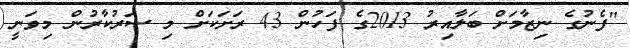
"ފެނުގެ ނިޒާމަށް ބަލާއިރު 2013ގެ ފަހުން 43 ރަށަކަށް މި ސަރުކާރުން މިވަނީ